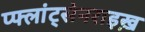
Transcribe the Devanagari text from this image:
प्फ्लांट्सेनराइख़